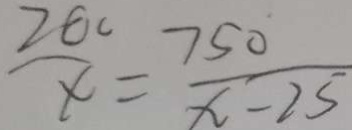
\frac { 2 0 0 } { x } = \frac { 7 5 0 } { x - 2 5 }